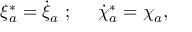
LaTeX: \xi _ { a } ^ { * } = \dot { \xi } _ { a } ~ ; ~ ~ ~ ~ \dot { \chi } _ { a } ^ { * } = \chi _ { a } ,